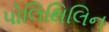
પોલિથિલિન